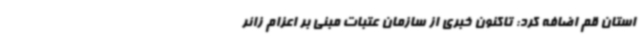
استان قم اضافه کرد: تاکنون خبری از سازمان عتبات مبنی بر اعزام زائر